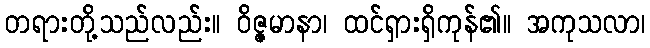
တရားတို့သည်လည်း။ ဝိဇ္ဇမာနာ၊ ထင်ရှားရှိကုန်၏။ အကုသလာ၊